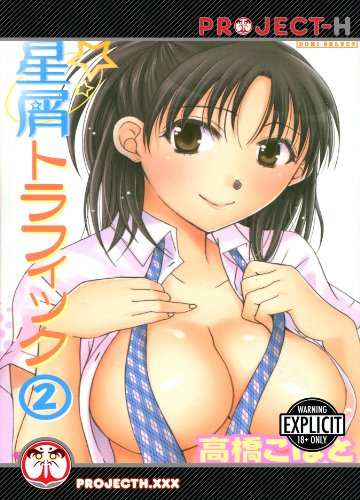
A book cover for Stardust Traffic Volume 2 (Hentai Manga); Kobato Takahashi; Comics & Graphic Novels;